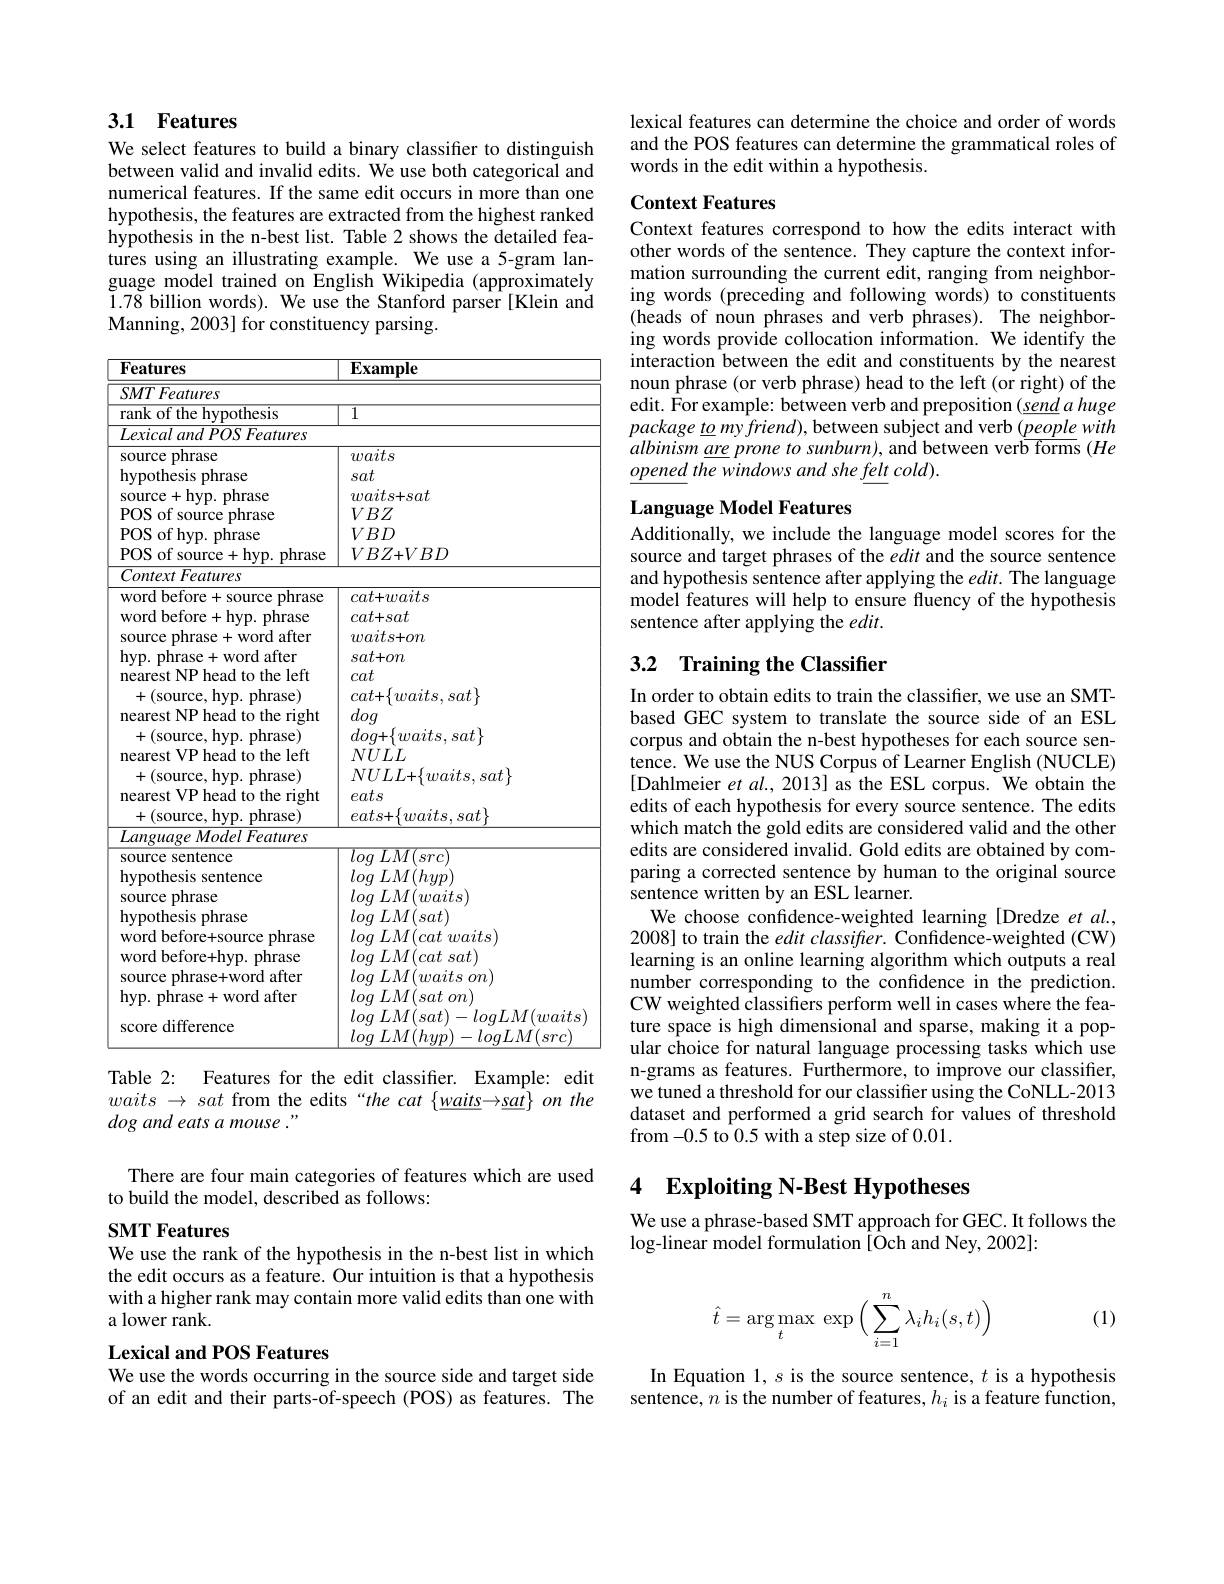
# 3.1 Features

We select features to build a binary classifier to distinguish between valid and invalid edits. We use both categorical and numerical features. If the same edit occurs in more than one hypothesis, the features are extracted from the highest ranked hypothesis in the n-best list. Table 2 shows the detailed features using an illustrating example. We use a 5-gram language model trained on English Wikipedia (approximately $\tilde{1}.7\bar{8}$ billion words). We use the Stanford parser[Klein and Manning, 2003] for constituency parsing.

<table>
	<tbody>
		<tr>
			<th>Features</th>
			<th>$\mathbf{Example}$</th>
		</tr>
		<tr>
			<td>SMTFeatures</td>
			<td> </td>
		</tr>
		<tr>
			<td>rank of the hvpothesis</td>
			<td>$\overline{1}$</td>
		</tr>
		<tr>
			<td>Lexical and $POS$ Features</td>
			<td> </td>
		</tr>
		<tr>
			<td>source phrase</td>
			<td>waits</td>
		</tr>
		<tr>
			<td>hypothesis phrase</td>
			<td>sat</td>
		</tr>
		<tr>
			<td>source+hyp. phrase</td>
			<td>$waits+sat$</td>
		</tr>
		<tr>
			<td>POS of source phrase</td>
			<td>$VBZ$</td>
		</tr>
		<tr>
			<td>POS of hyp. phrase</td>
			<td>$VBD$</td>
		</tr>
		<tr>
			<td>POS of source + +hyp. phrase</td>
			<td>$VBZ+VBD$</td>
		</tr>
		<tr>
			<td>ContextFeatures</td>
			<td> </td>
		</tr>
		<tr>
			<td>word before+source phrase</td>
			<td>$cat+waits$</td>
		</tr>
		<tr>
			<td>word before +hyp. phrase</td>
			<td>$cat+sat$</td>
		</tr>
		<tr>
			<td>source phrase+ word after</td>
			<td>$waits+on$</td>
		</tr>
		<tr>
			<td>hvp. phrase 4 +word after</td>
			<td>$sat+on$</td>
		</tr>
		<tr>
			<td>nearest NP head to the left</td>
			<td>cat</td>
		</tr>
		<tr>
			<td>+(source, hyp. phrase) </td>
			<td>$cat{+}\{waits,sat\}$</td>
		</tr>
		<tr>
			<td>nearest NP head to the right</td>
			<td>dog</td>
		</tr>
		<tr>
			<td>M $\mathbf{llyp}.$ M</td>
			<td>$\left[UL\right]$</td>
		</tr>
		<tr>
			<td>nearest VP nead to the lert</td>
			<td>$NULL$</td>
		</tr>
		<tr>
			<td>+(source, hyp. phrase) nearest t VP head to the right</td>
			<td>$NULL+\{waits,sat\}$ eats</td>
		</tr>
		<tr>
			<td>+(source, hyp. phrase)</td>
			<td>$eats+\{waits,sat\}$</td>
		</tr>
		<tr>
			<td>$Language\textit{Model Features}$</td>
			<td> </td>
		</tr>
		<tr>
			<td>source sentence</td>
			<td>log $LM( src)$</td>
		</tr>
		<tr>
			<td>hypothesis sentence</td>
			<td>log $LM( hyp)$</td>
		</tr>
		<tr>
			<td>source phrase</td>
			<td>log $LM( waits)$</td>
		</tr>
		<tr>
			<td>hypothesis phrase</td>
			<td>log $LM( sat)$</td>
		</tr>
		<tr>
			<td>word before+source phrase</td>
			<td>log $LM( cat$ $waits)$</td>
		</tr>
		<tr>
			<td>word before+ hyp. $\mathbf{.}\mathbf{phrase}$</td>
			<td>log $LM( cat$ $sat)$</td>
		</tr>
		<tr>
			<td>source phrase+word after</td>
			<td>log $LM( waits$ $on)$</td>
		</tr>
		<tr>
			<td>hyp. phrase+ word after</td>
			<td>log $LM( sat$ $on$</td>
		</tr>
		<tr>
			<td> </td>
			<td>log $LM( sat) - logLM( waits$</td>
		</tr>
		<tr>
			<td>WL ${\mathrm{llclcllcc}}$</td>
			<td>log $LM( hyp)$ $)-loqLM(src)$</td>
		</tr>
	</tbody>
</table>

Table 2: Features for the edit classifier. Example: edit waits $\to$ sat from the edits“the cat $\{\underline waits\rightarrow\underline{sat}\}$ on the dog and eats a mouse ."

There are four main categories of features which are used
to build the model, described as follows:

SMT Features
We use the rank of the hypothesis in the n-best list in which the edit occurs as a feature. Our intuition is that a hypothesis with a higher rank may contain more valid edits than one with a lower rank.

## Lexical and POS Features
We use the words occurring in the source side and target side

of an edit and their parts-of-speech (POS) as features. The

lexical features can determine the choice and order of words and the POS features can determine the grammatical roles of words in the edit within a hypothesis.

## Context Features

Context features correspond to how the edits interact with other words of the sentence. They capture the context information surrounding the current edit, ranging from neighboring words (preceding and following words) to constituents (heads of noun phrases and verb phrases). The neighboring words provide collocation information. We identify the interaction between the edit and constituents by the nearest noun phrase (or verb phrase) head to the left (or right) of the edit. $\hat{\text{For example: between verb and preposition(send a huge}}$ $package\underline{to}myfriend)$,between subject and verb $(\underline peoplewith$ $albinism\underline {are}prone\textit{ to sunburn) , and between verb forms }( He$ $\underline{opened}$ the windows and she felt cold).

## Language Model Features

Additionally, we include the language model scores for the source and target phrases of the edit and the source sentence and hypothesis sentence after applying the $edit.$ The language model features will help to ensure fluency of the hypothesis sentence after applying the $edit.$

## 3.2 Training the Classifier

In order to obtain edits to train the classifier, we use an SMTbased GEC system to translate the source side of an ESL corpus and obtain the n-best hypotheses for each source sentence. We use the NUS Corpus of Learner English (NUCLE) [Dahlmeier et $al.,2013]$ as the ESL corpus. We obtain the edits of each hypothesis for every source sentence. The edits which match the gold edits are considered valid and the other edits are considered invalid. Gold edits are obtained by comparing a corrected sentence by human to the original source sentence written by an ESL learner.
We choose confidence-weighted learning [Dredze et al. 2008] to train the $edit\textit{classifier. Confidence- weighted ( CW) }$ learning is an online learning algorithm which outputs a real number corresponding to the confidence in the prediction. CW weighted classifiers perform well in cases where the feature space is high dimensional and sparse, making it a popular choice for natural language processing tasks which use n-grams as features. Furthermore, to improve our classifier, we tuned a threshold for our classifier using the CoNLL-2013 dataset and performed a grid search for values of threshold from-0.5 to 0.5 with a step size of 0.01.

# 4 Exploiting N-Best Hypotheses

We use a phrase-based SMT approach for GEC. It follows the
$\log$-linear model formulation[Och and Ney, 2002]:

(1)
$$\hat{t}=\arg\max\limits_t\exp\Big(\sum\limits_{i=1}^n\lambda_ih_i(s,t)\Big)$$
In Equation 1, s is the source sentence, $t$ is a hypothesis sentence, $n$ is the number of features, $h_i$ is a feature function,